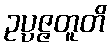
ဥပ္ပဇ္ဇတူတိ